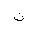
Letter: _non